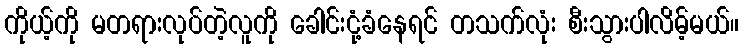
ကိုယ့်ကို မတရားလုပ်တဲ့လူကို ခေါင်းငုံ့ခံနေရင် တသက်လုံး စီးသွားပါလိမ့်မယ်။